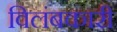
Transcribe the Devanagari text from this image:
विलंबकारी